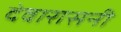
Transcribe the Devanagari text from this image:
देवारासनी